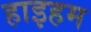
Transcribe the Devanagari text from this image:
हाइहम